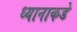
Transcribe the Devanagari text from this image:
ध्यानाकडे